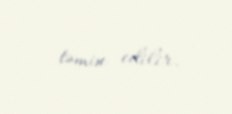
təmin edilir.